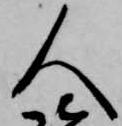
人